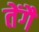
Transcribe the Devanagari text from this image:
तेंगै